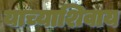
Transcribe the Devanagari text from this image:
याच्याशिवाय